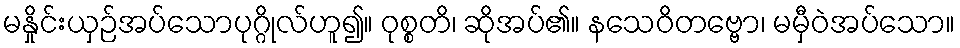
မနှိုင်းယှဉ်အပ်သောပုဂ္ဂိုလ်ဟူ၍။ ဝုစ္စတိ၊ ဆိုအပ်၏။ နသေဝိတဗ္ဗော၊ မမှီဝဲအပ်သော။